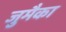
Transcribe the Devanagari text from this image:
जुमैका